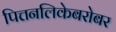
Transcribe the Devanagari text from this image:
पित्तनलिकेबरोबर